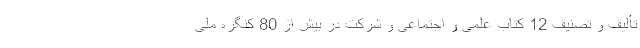
تألیف و تصنیف 12 کتاب علمی و اجتماعی و شرکت در بیش از 80 کنگره ملی